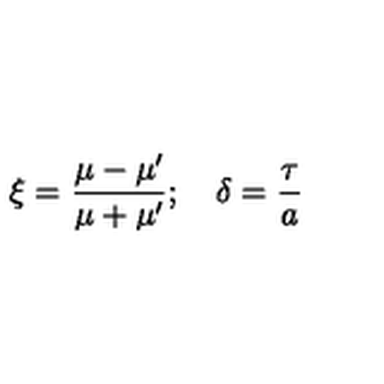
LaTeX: \xi = \frac { \mu - \mu ^ { \prime } } { \mu + \mu ^ { \prime } } ; \quad \delta = \frac { \tau } { a }